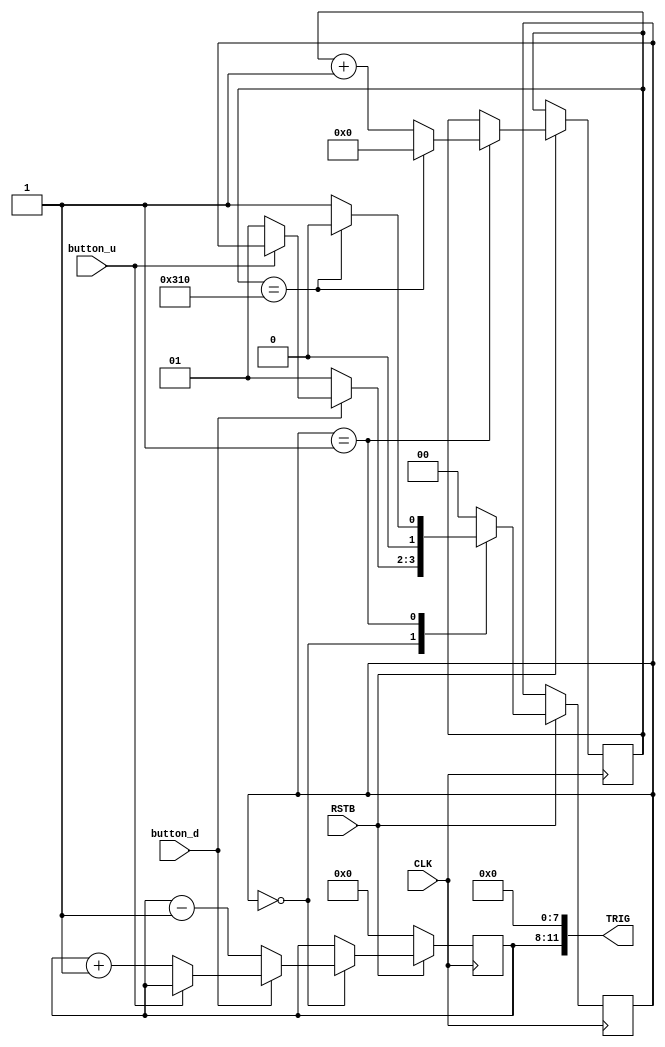
module trigger_adjust(input CLK, input RSTB, input button_u, input button_d, output wire [11:0]TRIG);

reg [3:0]button_counter ;
reg [10:0]counter;
reg [1:0]state;
initial
begin
button_counter = 4'd6;
end
always @(posedge  CLK)begin
	if(~RSTB)begin
		button_counter<=4'd0;
		end
		
	else begin
		case(state)
		
			2'b00:begin
				if(~button_u)begin
					button_counter<=button_counter+3'd1;
					state<=2'b01;
					end
			
				if(~button_d)begin
					button_counter<=button_counter-3'd1;
					state<=2'b01;
					end
				end
			
			2'b01: begin
				if(counter==10'd10000)begin
					counter<=10'd0;
					state<=2'b00;
					end
				else begin
					counter<=counter+10'd1;
					state<=2'b01;
					end
				end
			default: begin
				state <= 2'b00;
			end
			endcase	
		end
	end
	
assign TRIG={button_counter,8'd0};

endmodule